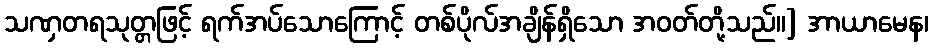
သဏှတရသုတ္တဖြင့် ရက်အပ်သောကြောင့် တစ်ပိုလ်အချိန်ရှိသော အဝတ်တို့သည်။] အာယာမေန၊